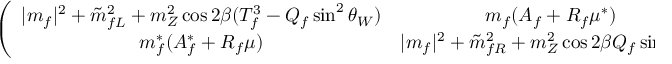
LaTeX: \left( \begin{array} { c c } { { \vert m _ { f } \vert ^ { 2 } + \tilde { m } _ { f L } ^ { 2 } + m _ { Z } ^ { 2 } \cos 2 \beta ( T _ { f } ^ { 3 } - Q _ { f } \sin ^ { 2 } \theta _ { W } ) } } & { { m _ { f } ( A _ { f } + R _ { f } \mu ^ { \ast } ) } } \\ { { m _ { f } ^ { \ast } ( A _ { f } ^ { \ast } + R _ { f } \mu ) } } & { { \vert m _ { f } \vert ^ { 2 } + \tilde { m } _ { f R } ^ { 2 } + m _ { Z } ^ { 2 } \cos 2 \beta Q _ { f } \sin ^ { 2 } \theta _ { W } } } \end{array} \right) ,